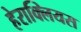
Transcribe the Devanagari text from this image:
हेराक्लियस